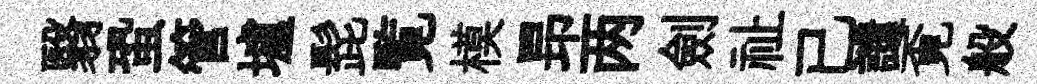
翳蛩管壚髭覧模昻两劍祉已譴覔般